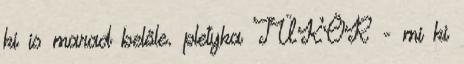
ki is marad belőle. pletyka TÜKÖR - mi ki